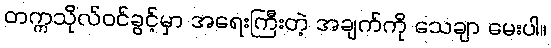
တက္ကသိုလ်ဝင်ခွင့်မှာ အရေးကြီးတဲ့ အချက်ကို သေချာ မေးပါ။